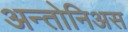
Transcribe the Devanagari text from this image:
अन्तोनिअस